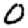
Digit: 0